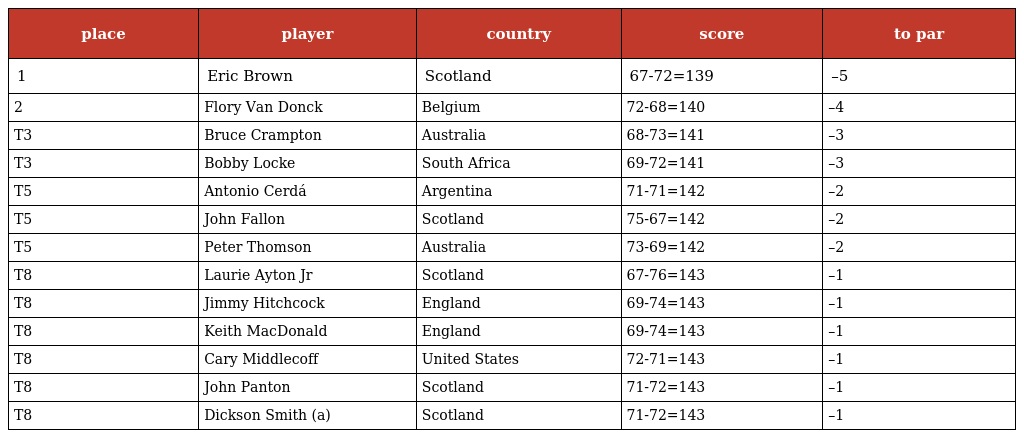
| place | player | country | score | to par |
 | --- | --- | --- | --- | --- |
 | 1 | Eric Brown | Scotland | 67-72=139 | –5 |
 | 2 | Flory Van Donck | Belgium | 72-68=140 | –4 |
 | T3 | Bruce Crampton | Australia | 68-73=141 | –3 |
 | T3 | Bobby Locke | South Africa | 69-72=141 | –3 |
 | T5 | Antonio Cerdá | Argentina | 71-71=142 | –2 |
 | T5 | John Fallon | Scotland | 75-67=142 | –2 |
 | T5 | Peter Thomson | Australia | 73-69=142 | –2 |
 | T8 | Laurie Ayton Jr | Scotland | 67-76=143 | –1 |
 | T8 | Jimmy Hitchcock | England | 69-74=143 | –1 |
 | T8 | Keith MacDonald | England | 69-74=143 | –1 |
 | T8 | Cary Middlecoff | United States | 72-71=143 | –1 |
 | T8 | John Panton | Scotland | 71-72=143 | –1 |
 | T8 | Dickson Smith (a) | Scotland | 71-72=143 | –1 |